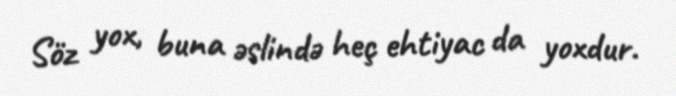
Söz yox, buna əslində heç ehtiyac da yoxdur.